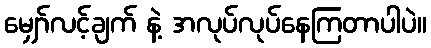
မျှော်လင့်ချက် နဲ့ အလုပ်လုပ်နေကြတာပါပဲ။